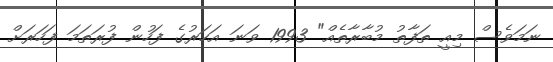
ނަމަވެސް މިއީ ތަފާތު މުބާރާތެއް" 1993 ވަނަ އަހަރުގެ ފަހުން ފުރަތަމަ ފަހަރަށް